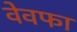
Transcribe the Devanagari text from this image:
वेवफा